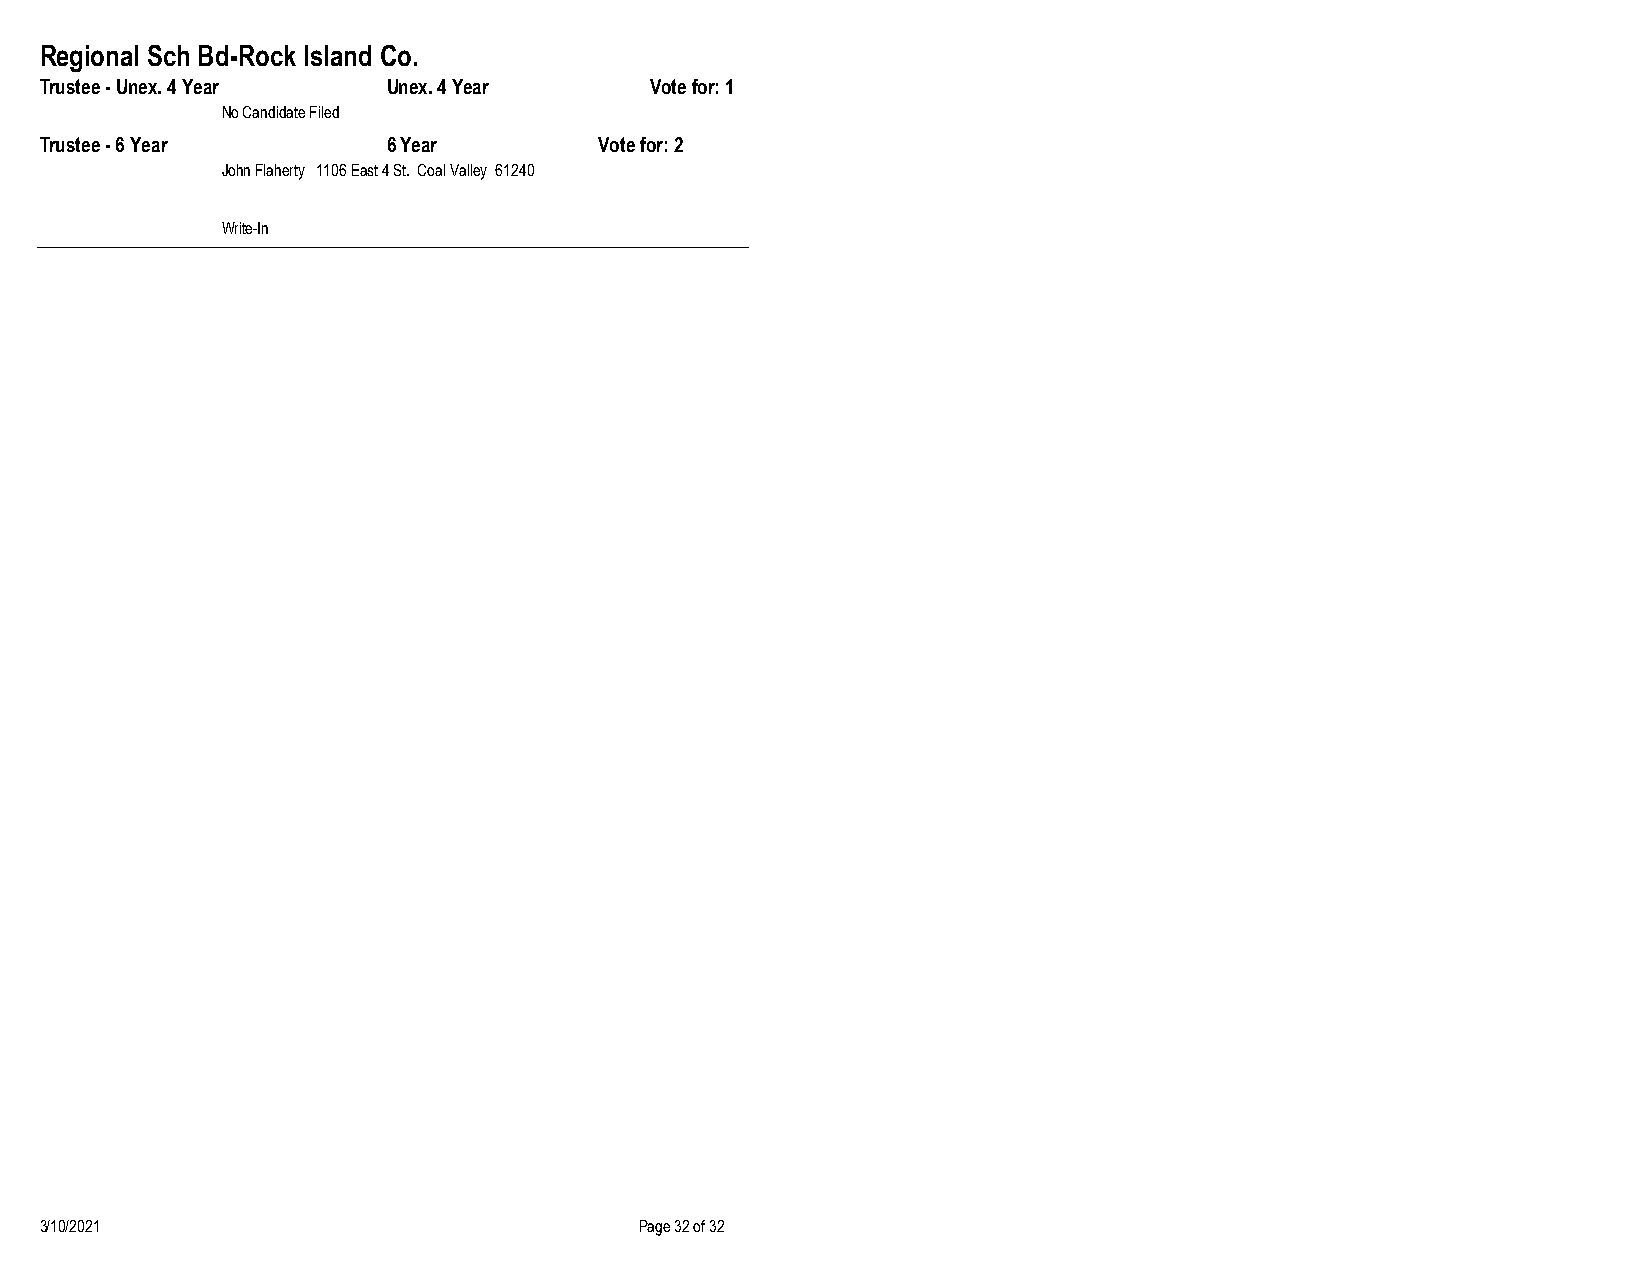
Regional Sch Bd-Rock Island Co.
 Trustee - Unex. 4 Year Unex. 4 Year     Vote for: 1
 No Candidate Filed
 Trustee - 6 Year       6 Year        Vote for: 2
 John Flaherty 1106 East 4 St. Coal Valley 61240
 Write-In
 3/10/2021                              Page 32 of 32